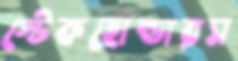
স্টেকহোল্ডারস